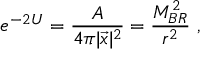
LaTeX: e ^ { - 2 U } = { \frac { A } { 4 \pi | \vec { x } | ^ { 2 } } } = { \frac { M _ { B R } ^ { 2 } } { r ^ { 2 } } } \ ,